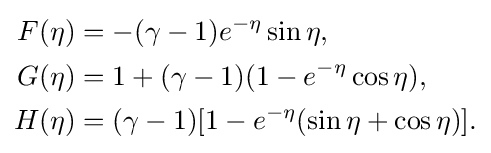
{\begin{aligned}F(\eta )&=-(\gamma -1)e^{-\eta }\sin \eta ,\\G(\eta )&=1+(\gamma -1)(1-e^{-\eta }\cos \eta ),\\H(\eta )&=(\gamma -1)[1-e^{-\eta }(\sin \eta +\cos \eta )].\end{aligned}}